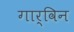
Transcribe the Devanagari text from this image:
गार्विन